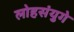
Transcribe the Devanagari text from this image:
लोहसंयुगे